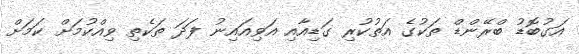
އަގުބޮޑު ބްރޭންޑް ތަކުގެ އަތުކުރި ގަޑިއާއި އަވިއައިނު ފަދަ ތަކެތި ވިއްކުމަށް ކަމަށް